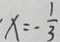
x = - \frac { 1 } { 3 }